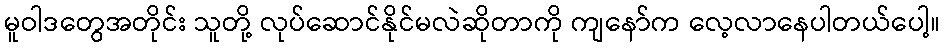
မူဝါဒတွေအတိုင်း သူတို့ လုပ်ဆောင်နိုင်မလဲဆိုတာကို ကျနော်က လေ့လာနေပါတယ်ပေါ့။